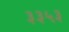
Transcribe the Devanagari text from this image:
३३५३